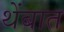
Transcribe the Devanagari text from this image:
थेंबात